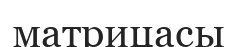
матрицасы